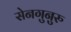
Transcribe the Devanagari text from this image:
सेनगुनुरु